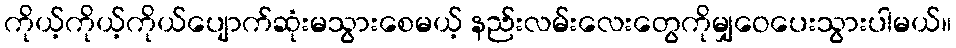
ကိုယ့်ကိုယ့်ကိုယ်ပျောက်ဆုံးမသွားစေမယ့် နည်းလမ်းလေးတွေကိုမျှဝေပေးသွားပါမယ်။